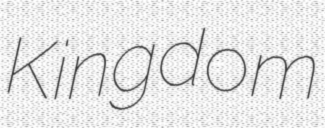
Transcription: Kingdom